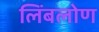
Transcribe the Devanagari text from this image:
लिंबलोण